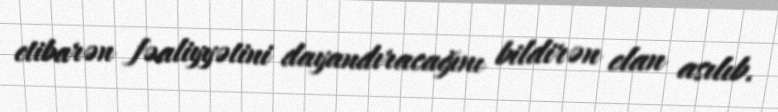
etibarən fəaliyyətini dayandıracağını bildirən elan asılıb.